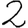
Digit: 2